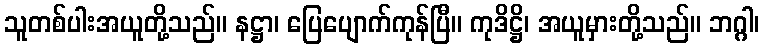
သူတစ်ပါးအယူတို့သည်။ နဋ္ဌာ၊ ပြေပျောက်ကုန်ပြီ။ ကုဒိဋ္ဌိ၊ အယူမှားတို့သည်။ ဘဂ္ဂါ၊